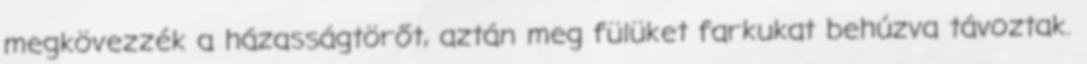
megkövezzék a házasságtörőt, aztán meg fülüket farkukat behúzva távoztak.